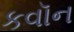
કવૉન